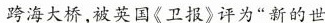
跨海大桥，被英国《卫报》评为”新的世